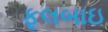
ફૂલબાઇ